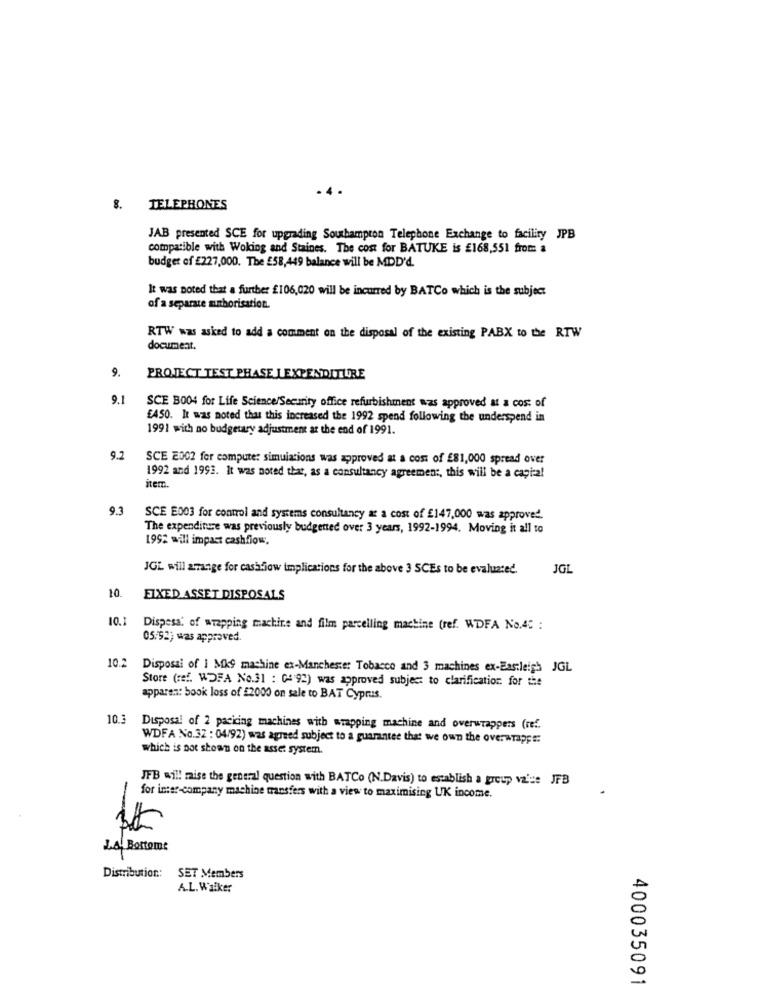
4 .
8. TELEPHONES
JAB presented SCE for upgrading Southampton Telephone Exchange to facility JPB
compatible with Woking and Staines. The cost for BATUKE is £168,551 from: a
budget of £227,000. The £58,449 balance will be MDD'd.
It was noted that a further £106,020 will be incurred by BATCo which is the subject
of a separate sinborisation.
RTW was asked to add a comment on the disposal of the existing PABX to the RTW
document.
9.
PROJECT TEST PHASE LEXPENDITURE
9.1
SCE B004 for Life Science/Security office refurbishment was approved at a cost of
£450. It was noted that this increased the 1992 spend following the underspend in
1991 with no budgetary adjustment at the end of 1991.
9.2
SCE 2002 for computer simulations was approved at a cost of £81,000 spread over
1992 and 1993. It was noted that, as a consultancy agreement, this will be a cagi-a!
item.
9.3
SCE E003 for control and systems consultancy as a cost of £147,000 was approved.
The expenditure was previously budgetted over 3 years, 1992-1994. Moving it all to
1992 will impact cashflow
JGL will arrange for cashflow implications for the above 3 SCEs to be evaluated.
JGL
10
FIXED ASSET DISPOSALS
10.1
Dispesa' of wrapping machine and film parcelling machine (ref. WDFA No.45 :
05/92) was approved.
10.2 Disposal of 1 Mk9 machine ex-Manchester Tobacco and 3 machines ex-Eastleigh JGL
Store (ref. WDFA No.31 : 0- 92) was approved subject to clarification for the
apparen: book loss of £2000 on sale to BAT Cyprus.
10.3
Disposal of 2 packing machines with wrapping machine and overwrappers (ref.
WDFA No.32 : 04/92) was agreed subject to a guarantee that we own the overwrappe:
which is not shown on the asse: system.
JFB will raise the general question with BATCo (N.Davis) to establish a group va's: JFB
for inter-company machine transfers with a view to maximising UK income.
La Bottome
Distribution .:
SET Members
A.L. Walker
400035091